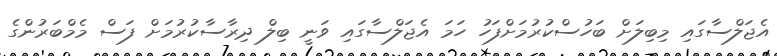
އެޖަލްސާގައި މިބިލަށް ބަހުސްކުރުމަށްފަހު ހަމަ އެޖަލްސާގައި ވަނީ ބިލް ދިރާސާކުރުމަށް ފަސް މެމްބަރުންގެ